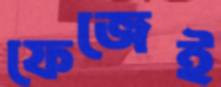
ফেজেই